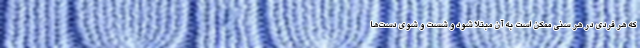
که هر فردی در هر سنی ممکن است به آن مبتلا شود و شست و شوی دست‌ها